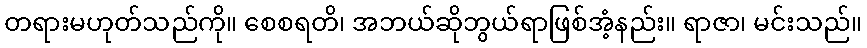
တရားမဟုတ်သည်ကို။ စေစရတိ၊ အဘယ်ဆိုဘွယ်ရာဖြစ်အံ့နည်း။ ရာဇာ၊ မင်းသည်။